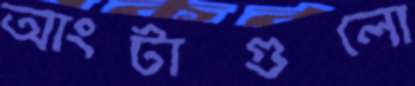
আংটাগুলো